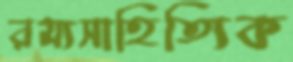
রম্যসাহিত্যিক